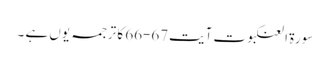
سورۃ العنکبوت آیت67-66 کا ترجمہ یوں ہے ۔